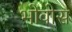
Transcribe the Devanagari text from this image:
भोवोस